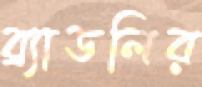
ব্র্যাডলির